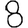
Digit: 8